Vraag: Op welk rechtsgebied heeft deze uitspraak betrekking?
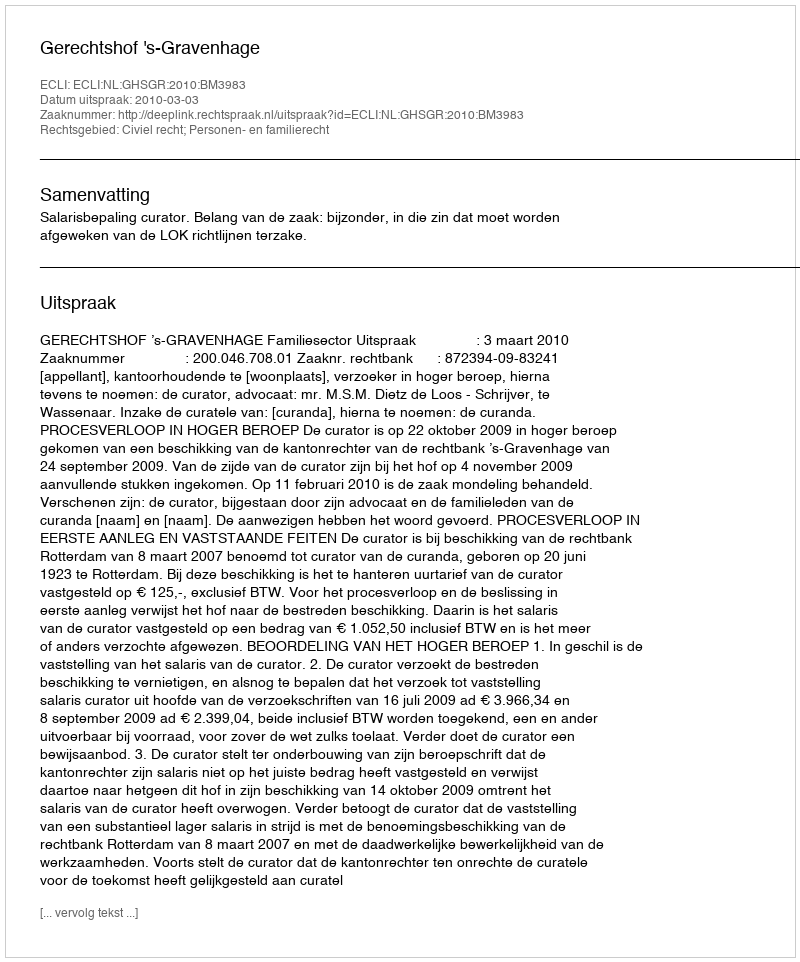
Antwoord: Civiel recht; Personen- en familierecht